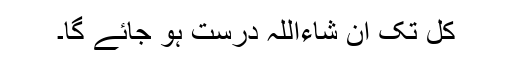
کل تک ان شاءاللہ درست ہو جائے گا۔